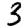
Digit: 3